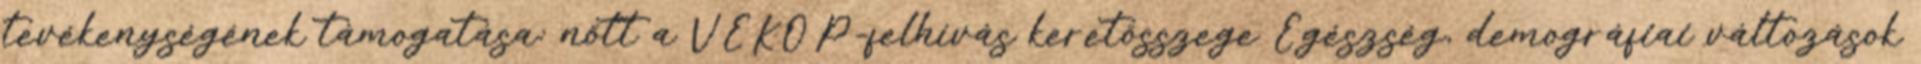
tevékenységének támogatása: nőtt a VEKOP-felhívás keretösszege Egészség, demográfiai változások